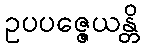
ဥပပဇ္ဇေယန္တိ